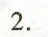
2.